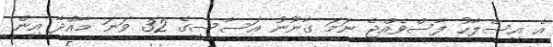
އެ އިސްލާހު ފާސްވެއްޖެ ނަމަ ގާނޫނު އަސާސީގެ 32 ވަނަ މާއްދާ އިން